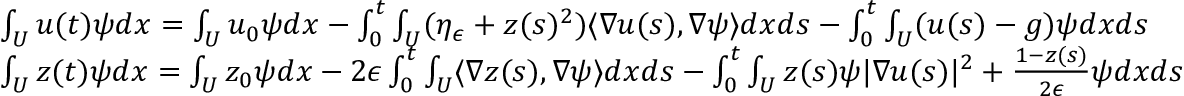
\begin{array} { r l } & { \int _ { U } u ( t ) \psi d x = \int _ { U } u _ { 0 } \psi d x - \int _ { 0 } ^ { t } \int _ { U } ( \eta _ { \epsilon } + z ( s ) ^ { 2 } ) \langle \nabla u ( s ) , \nabla \psi \rangle d x d s - \int _ { 0 } ^ { t } \int _ { U } ( u ( s ) - g ) \psi d x d s } \\ & { \int _ { U } z ( t ) \psi d x = \int _ { U } z _ { 0 } \psi d x - 2 \epsilon \int _ { 0 } ^ { t } \int _ { U } \langle \nabla z ( s ) , \nabla \psi \rangle d x d s - \int _ { 0 } ^ { t } \int _ { U } z ( s ) \psi | \nabla u ( s ) | ^ { 2 } + \frac { 1 - z ( s ) } { 2 \epsilon } \psi d x d s } \end{array}